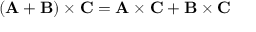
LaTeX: ( \mathbf { A } + \mathbf { B } ) \times \mathbf { C } = \mathbf { A } \times \mathbf { C } + \mathbf { B } \times \mathbf { C }